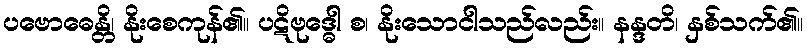
ပဗောဓေန္တိ၊ နိုးစေကုန်၏။ ပဋိဗုဒ္ဓေါ စ၊ နိုးသောငါသည်လည်း။ နန္ဒတိ၊ နှစ်သက်၏။